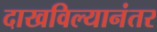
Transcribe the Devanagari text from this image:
दाखविल्यानंतर